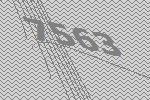
7563